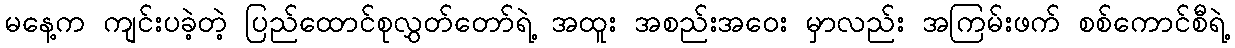
မနေ့က ကျင်းပခဲ့တဲ့ ပြည်ထောင်စုလွှတ်တော်ရဲ့ အထူး အစည်းအဝေး မှာလည်း အကြမ်းဖက် စစ်ကောင်စီရဲ့